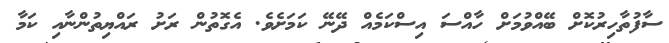
ސާފުތާހިރުކޮށް ބޭއްވުމަށް ހާއްސަ އިސްކަމެއް ދޭނޭ ކަމަށެވެ. އެގޮތުން ރަށު ރައްޔިތުންނާއި ކަމާ